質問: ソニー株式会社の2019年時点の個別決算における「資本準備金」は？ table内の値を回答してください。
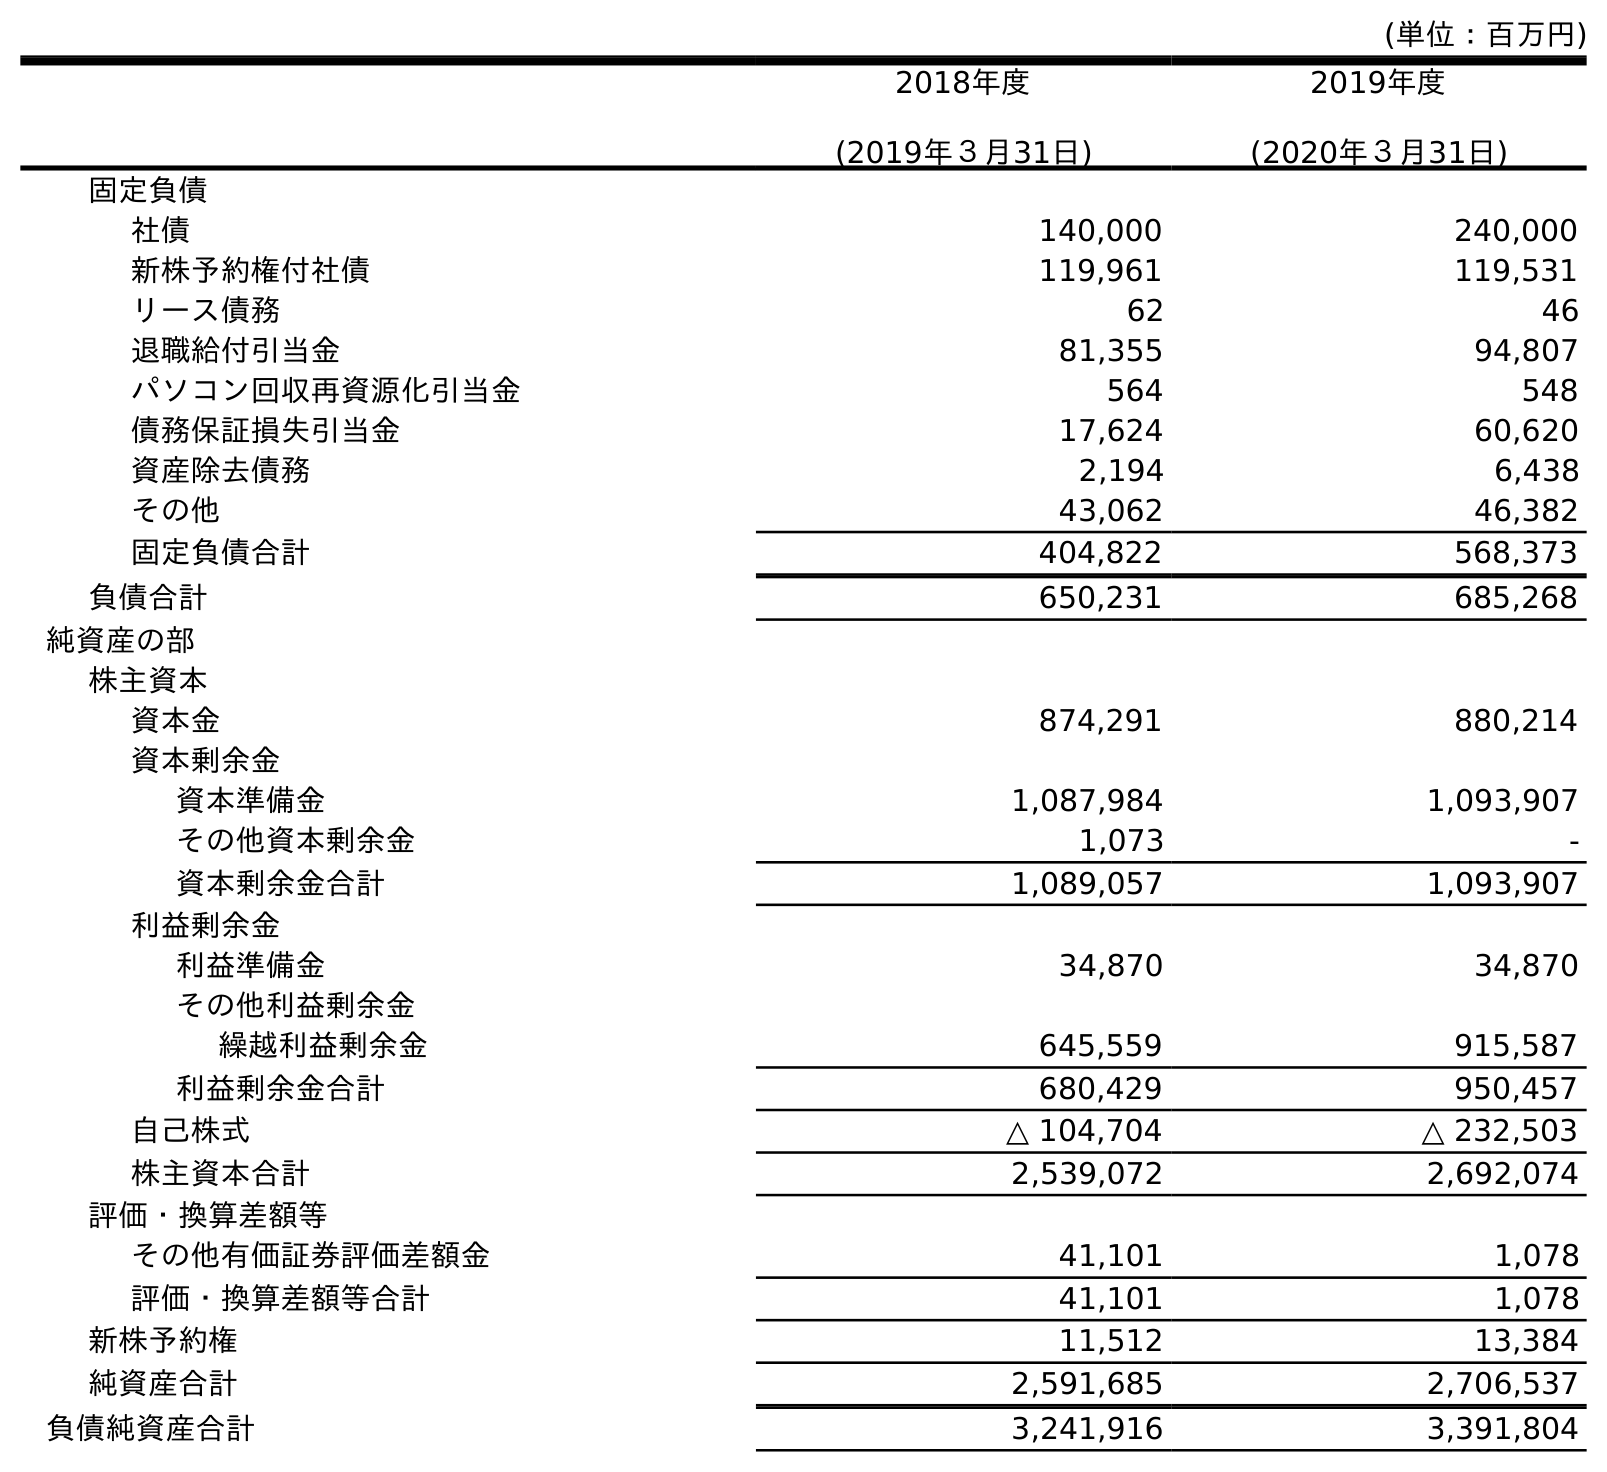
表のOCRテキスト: (単位：百万円) 2018年度 (2019年３月31日) 2019年度 (2020年３月31日) 固定負債 社債 140,000 240,000 新株予約権付社債 119,961 119,531 リース債務 62 46 退職給付引当金 81,355 94,807 パソコン回収再資源化引当金 564 548 債務保証損失引当金 17,624 60,620 資産除去債務 2,194 6,438 その他 43,062 46,382 固定負債合計 404,822 568,373 負債合計 650,231 685,268 純資産の部 株主資本 資本金 874,291 880,214 資本剰余金 資本準備金 1,087,984 1,093,907 その他資本剰余金 1,073 - 資本剰余金合計 1,089,057 1,093,907 利益剰余金 利益準備金 34,870 34,870 その他利益剰余金 繰越利益剰余金 645,559 915,587 利益剰余金合計 680,429 950,457 自己株式 △ 104,704 △ 232,503 株主資本合計 2,539,072 2,692,074 評価・換算差額等 その他有価証券評価差額金 41,101 1,078 評価・換算差額等合計 41,101 1,078 新株予約権 11,512 13,384 純資産合計 2,591,685 2,706,537 負債純資産合計 3,241,916 3,391,804
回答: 1,087,984